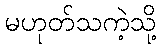
မဟုတ်သကဲ့သို့